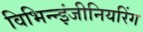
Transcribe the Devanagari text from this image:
विभिन्‍न्‍इंजीनियरिंग